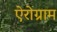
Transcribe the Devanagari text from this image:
ऐरोग्राम